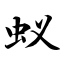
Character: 蚁